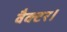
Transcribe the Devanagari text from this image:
वैक्टर।